Medical and sanitary report of the native army of Bengal for the year
Year: 1875
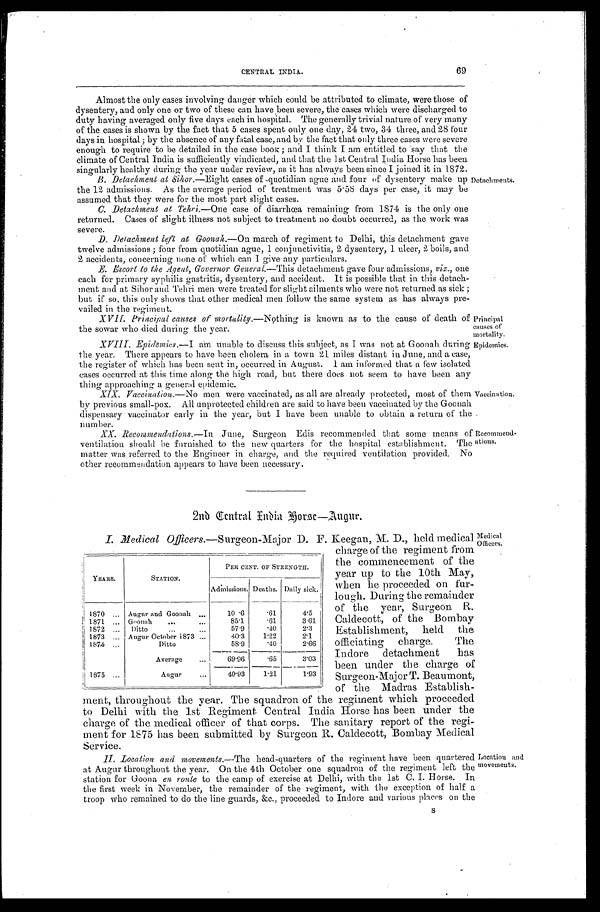
Principal
causes of
mortality.
Epidemics.
CENTRAL INDIA.
69
Almost the only cases involving danger which could be attributed to climate, were those of
dysentery, and only one or two of these can have been severe, the cases which were discharged to
duty having averaged only five days each in hospital. The generally trivial nature of very many
of the cases is shown by the fact that 5 cases spent only one day, 24 two, 34 three, and 28 four
days in hospital; by the absence of any fatal case, and by the fact that only three cases were severe
enough to require to be detailed in the case book; and I think I am entitled to say that the
climate of Central India is sufficiently vindicated, and that the 1st Central India Horse has been
singularly healthy during the year under review, as it has always been since I joined it in 1872.
B. Detachment at Sihor .—Eight cases of quotidian ague and tour of dysentery make up
the 12 admissions. As the average period of treatment was 5.58 days per case, it may be
assumed that they were for the most part slight cases.
Detachments.
C. Detacj,emt at Tejro .—One case of diarrhœa remaining from 1874 is the only one
returned. Cases of slight illness not subject to treatment no doubt occurred, as the work was
severe.
D. Detachment left at Goonah.—On march of regiment to Delhi, this detachment gave
twelve admissions; four from quotidian ague, 1 conjunctivitis, 2 dysentery, 1 ulcer, 2 boils, and
2 accidents, concerning none of which can I give any particulars.
E. Escort to the Agent, Governor General .—This detachment gave four admissions, viz., one
each for primary syphilis gastritis, dysentery, and accident. It is possible that in this detach
-ment and at Sihor and Tehri men were treated for slight ailments who were not returned as sick;
but if so, this only shows that other medical men follow the same system as has always pre
- vai l ed i n t he r egi ment .
XVII. Principal causes or mortality .—Nothing is known as to the cause of death of
the sowar who died during the year.
X V I I I . E p i d e m i c s
. — I a m u n a b l e t o d i s c u s s t h i s s u b j e c t , a s I w a s n o t a t G o o n a h d u r i n g
the year. There appears to have been cholera in a town 21 miles distant in June, and a case,
the register of which has been sent in, occurred in August. I am informed that a few isolated
cases occurred at this time along the high road, but there does not seem to have been any
t h i n g a p p r o a c h i n g a g e n e r a l e p i d e m i c .
XIX. Vaccination.—No men were vaccinated, as all are already protected, most of them
by previous small-pox. All unprotected children are said to have been vaccinated by the Goonah
dispensary vaccinator early in the year, but I have been unable to obtain a return of the
number.
Vaccination.
Recommend
-ations.
XX. Recommendations .—In June, Surgeon Edis recommended that some means 0f
ventilation should be furnished to the new quarters for the hospital establi
shment. The matter was referred to the Engineer in charge, and the required ventilation provided. No
other recommendation appears to have been necessary.
2nd Gentral India Forse —Augur.
I. Medical Officers .—Surgeon-Major D. F. Keegan, M. D., held medical
charge of the regiment from
the commencement of the
year up to the 10th May,
when lie proceeded on fur
-lough. During the remainder
of the year, Surgeon R.
Caldecott, of the Bombay
Establishment, held the
officiating charge.
The
Indore detachment has
been under the charge of
Surgeon-Major T. Beaumont,
of the Madras Establish
- m e n t , t h r o u g h o u t t h e y e a r . T h e s q u a d r o n o f t h e r e g i m e n t w h i c h p r o c e e d e d
to Delhi with the 1st Regiment Central India Horse has been under the
charge of the medical officer of that corps. The sanitary report of the regi-
ment for 1875 has been submitted by Surgeon R. Caldecott, Bombay Medical
Service.
II. Location and movements .—The head-quarters of the regiment have been quartered
at Augur throughout the year. On the 4th October one squadron of the regiment left the
station for Goona en route to the camp of exercise at Delhi, with the 1st C, I. Horse. In
the first week in November, the remainder of the regiment, with the exception of half a
troop who remained to do the line guards, &c., proceeded to Indore and various places on the
L o c a t i o n a n d m o v e m e n t s .
S
YEARS.
STATION.
PER CENT OF STRENGTH.
Admissions. Deaths. Daily sick.
1 8 7 0 . . .
Augur and Goonah . . .
10.6
.61
4.5
1871 . . . Goonah . . .
85.1
.61
3.61
1872 . . .
Ditto . . .
5 7 . 9
.40
2.3
1873 . . . Augur October 1873 . . .
40.3
1.22
2.1
1874 . . .
Ditto
58.9
.40
2.66
Average
69.96
.65
3.03
1875 . . .
Augur . . .
40.93
1.21
1.93
Medical Officers.